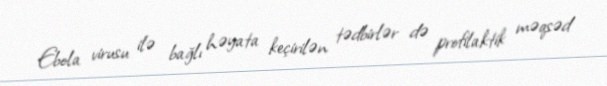
Ebola virusu ilə bağlı həyata keçirilən tədbirlər də profilaktik məqsəd